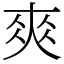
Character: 𡙁